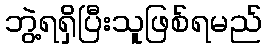
ဘွဲ့ရရှိပြီးသူဖြစ်ရမည်